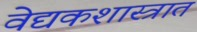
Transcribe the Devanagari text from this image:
वेद्यकशास्त्रात